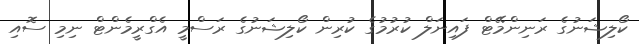
ކޯލިޝަނުގެ ރަނިންމޭޓް ފައިނަލް ކުރުމުގެ ކުރިން ކޯލިޝަނުގެ ރަސްމީ އެގްރީމެންޓް ނިމި ސޮއި